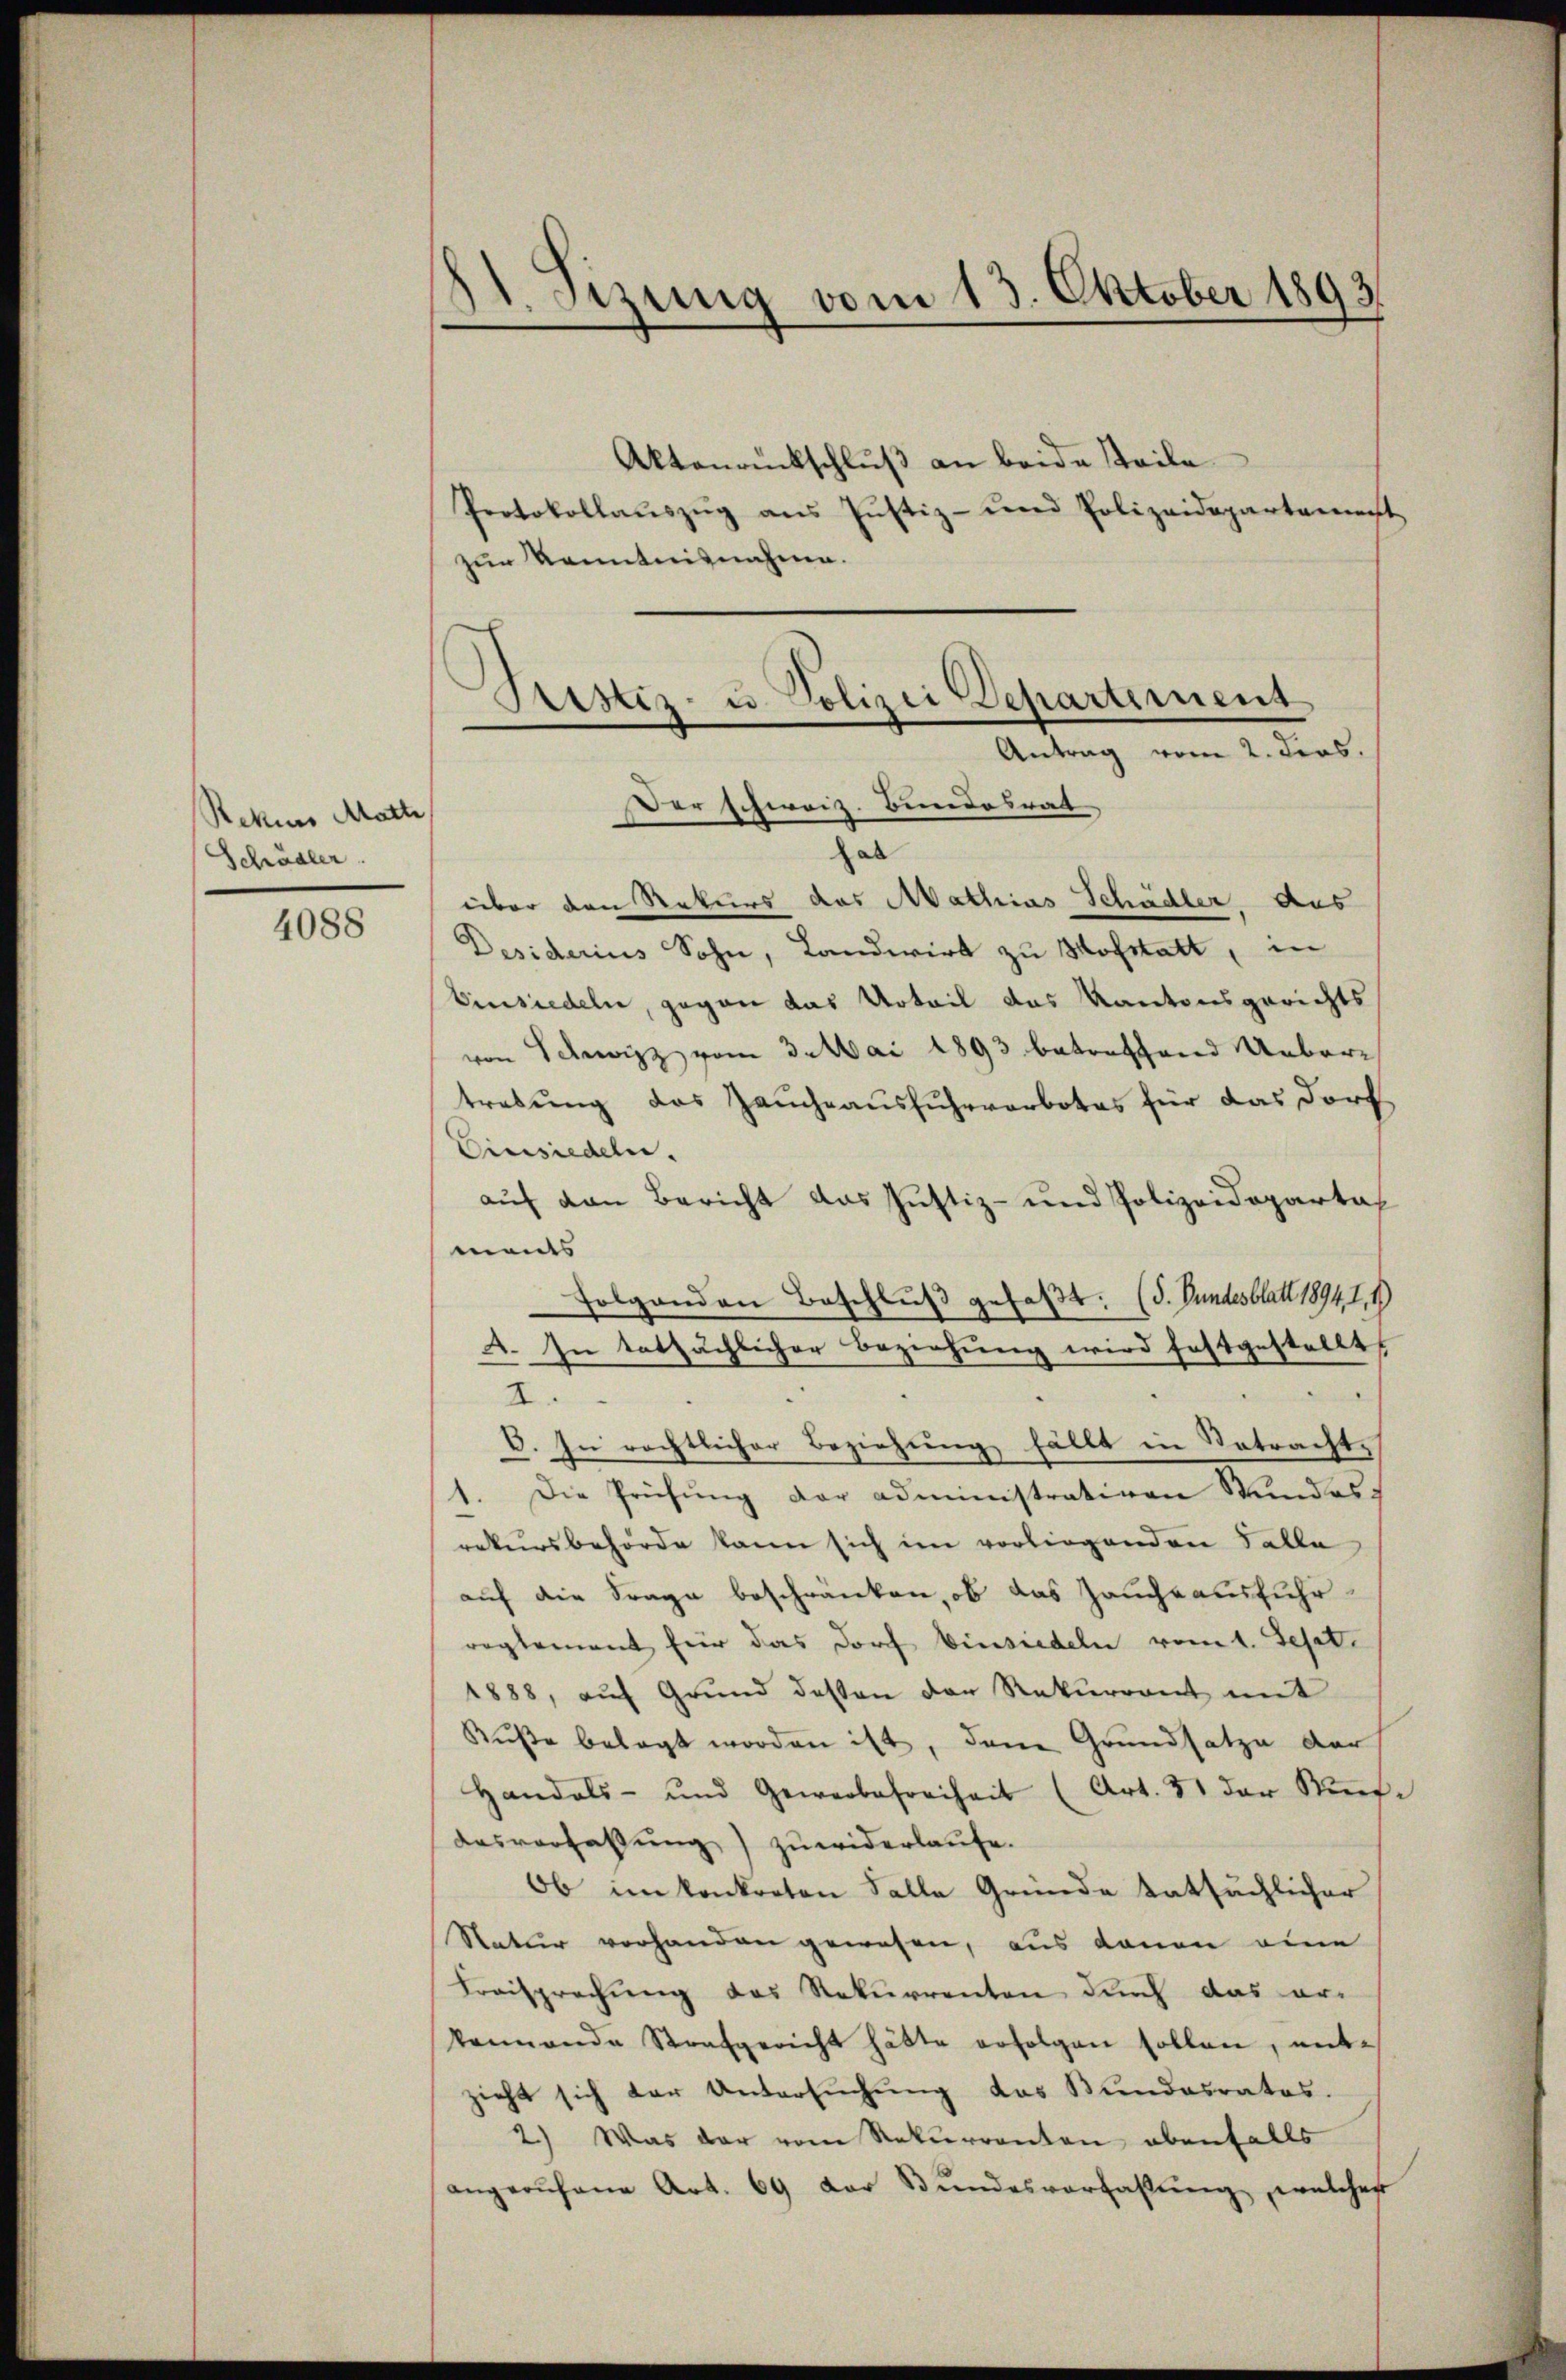
Rekurs Matte,
Schädler.

4088

.Sizung vom 13. Oktober 1893

Aktenrückschluß an beide Teile
Protokollauszug aus Justiz- und Polizeidepartament
zur Kenntnisnahme.
al
über den Rekurs das Mathias Schädler, aus
Desiderius Sohn, Landwirt zu Hofstatt, in
binsiedeln, gegen das Urteil das Kantonsgerichts
von Schwitz vom 3. Mai 1893 betreffend Uebertrebung das Zauch ausfuhrverbotes für das Dorf
Einsiedeln.
auf den Bericht das Justiz- und Polizeidepartal
ments
Folgenden Beschluß gefaßt. (S. Bundesblatt 18947
A. In tatsächlicher Beziehung wird festgestellt,
2.
C. In rechtlicher Beziehung fällt in Betracht,
1. Die Prüfŭng der administrativen Stundes
rekursbehörde kann sich im vorliegenden Falle
auf die Frage beschränken, ob das Hauchs ausfuhr
reglement für das Dorf Einsiedeln vom 1. Sept.
1888, aŭf Grŭnd dessen der Rekurrent mit
Buße belegt worden ist, den Grundsatze der
Handels- und Gewerbefreiheit (Art. 31 der Nefdasverfassŭng zuwiderlaufe.
Ob im konkreten Falle Gründe tatsächlicher
Natur vorhanden gewesen, aus denen eine
Freisprechung des Rekurrenten durch das erkennende Strafgericht hätte erfolgen sollen, entzieht sich der Untersŭchŭng das Bundesrates.
2.) Was der vom Rekurrenten ebenfalls
angerufene Art. 69 der Bundesverfaßung, welches

Stistiz- u. Polizei Departement
Antrag vom 2. dens.
Der schweiz. Bundesrat